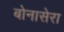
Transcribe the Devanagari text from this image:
बोनासेरा